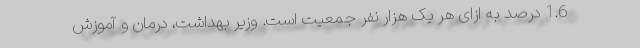
1.6 درصد به ازای هر یک هزار نفر جمعیت است. وزیر بهداشت، درمان و آموزش